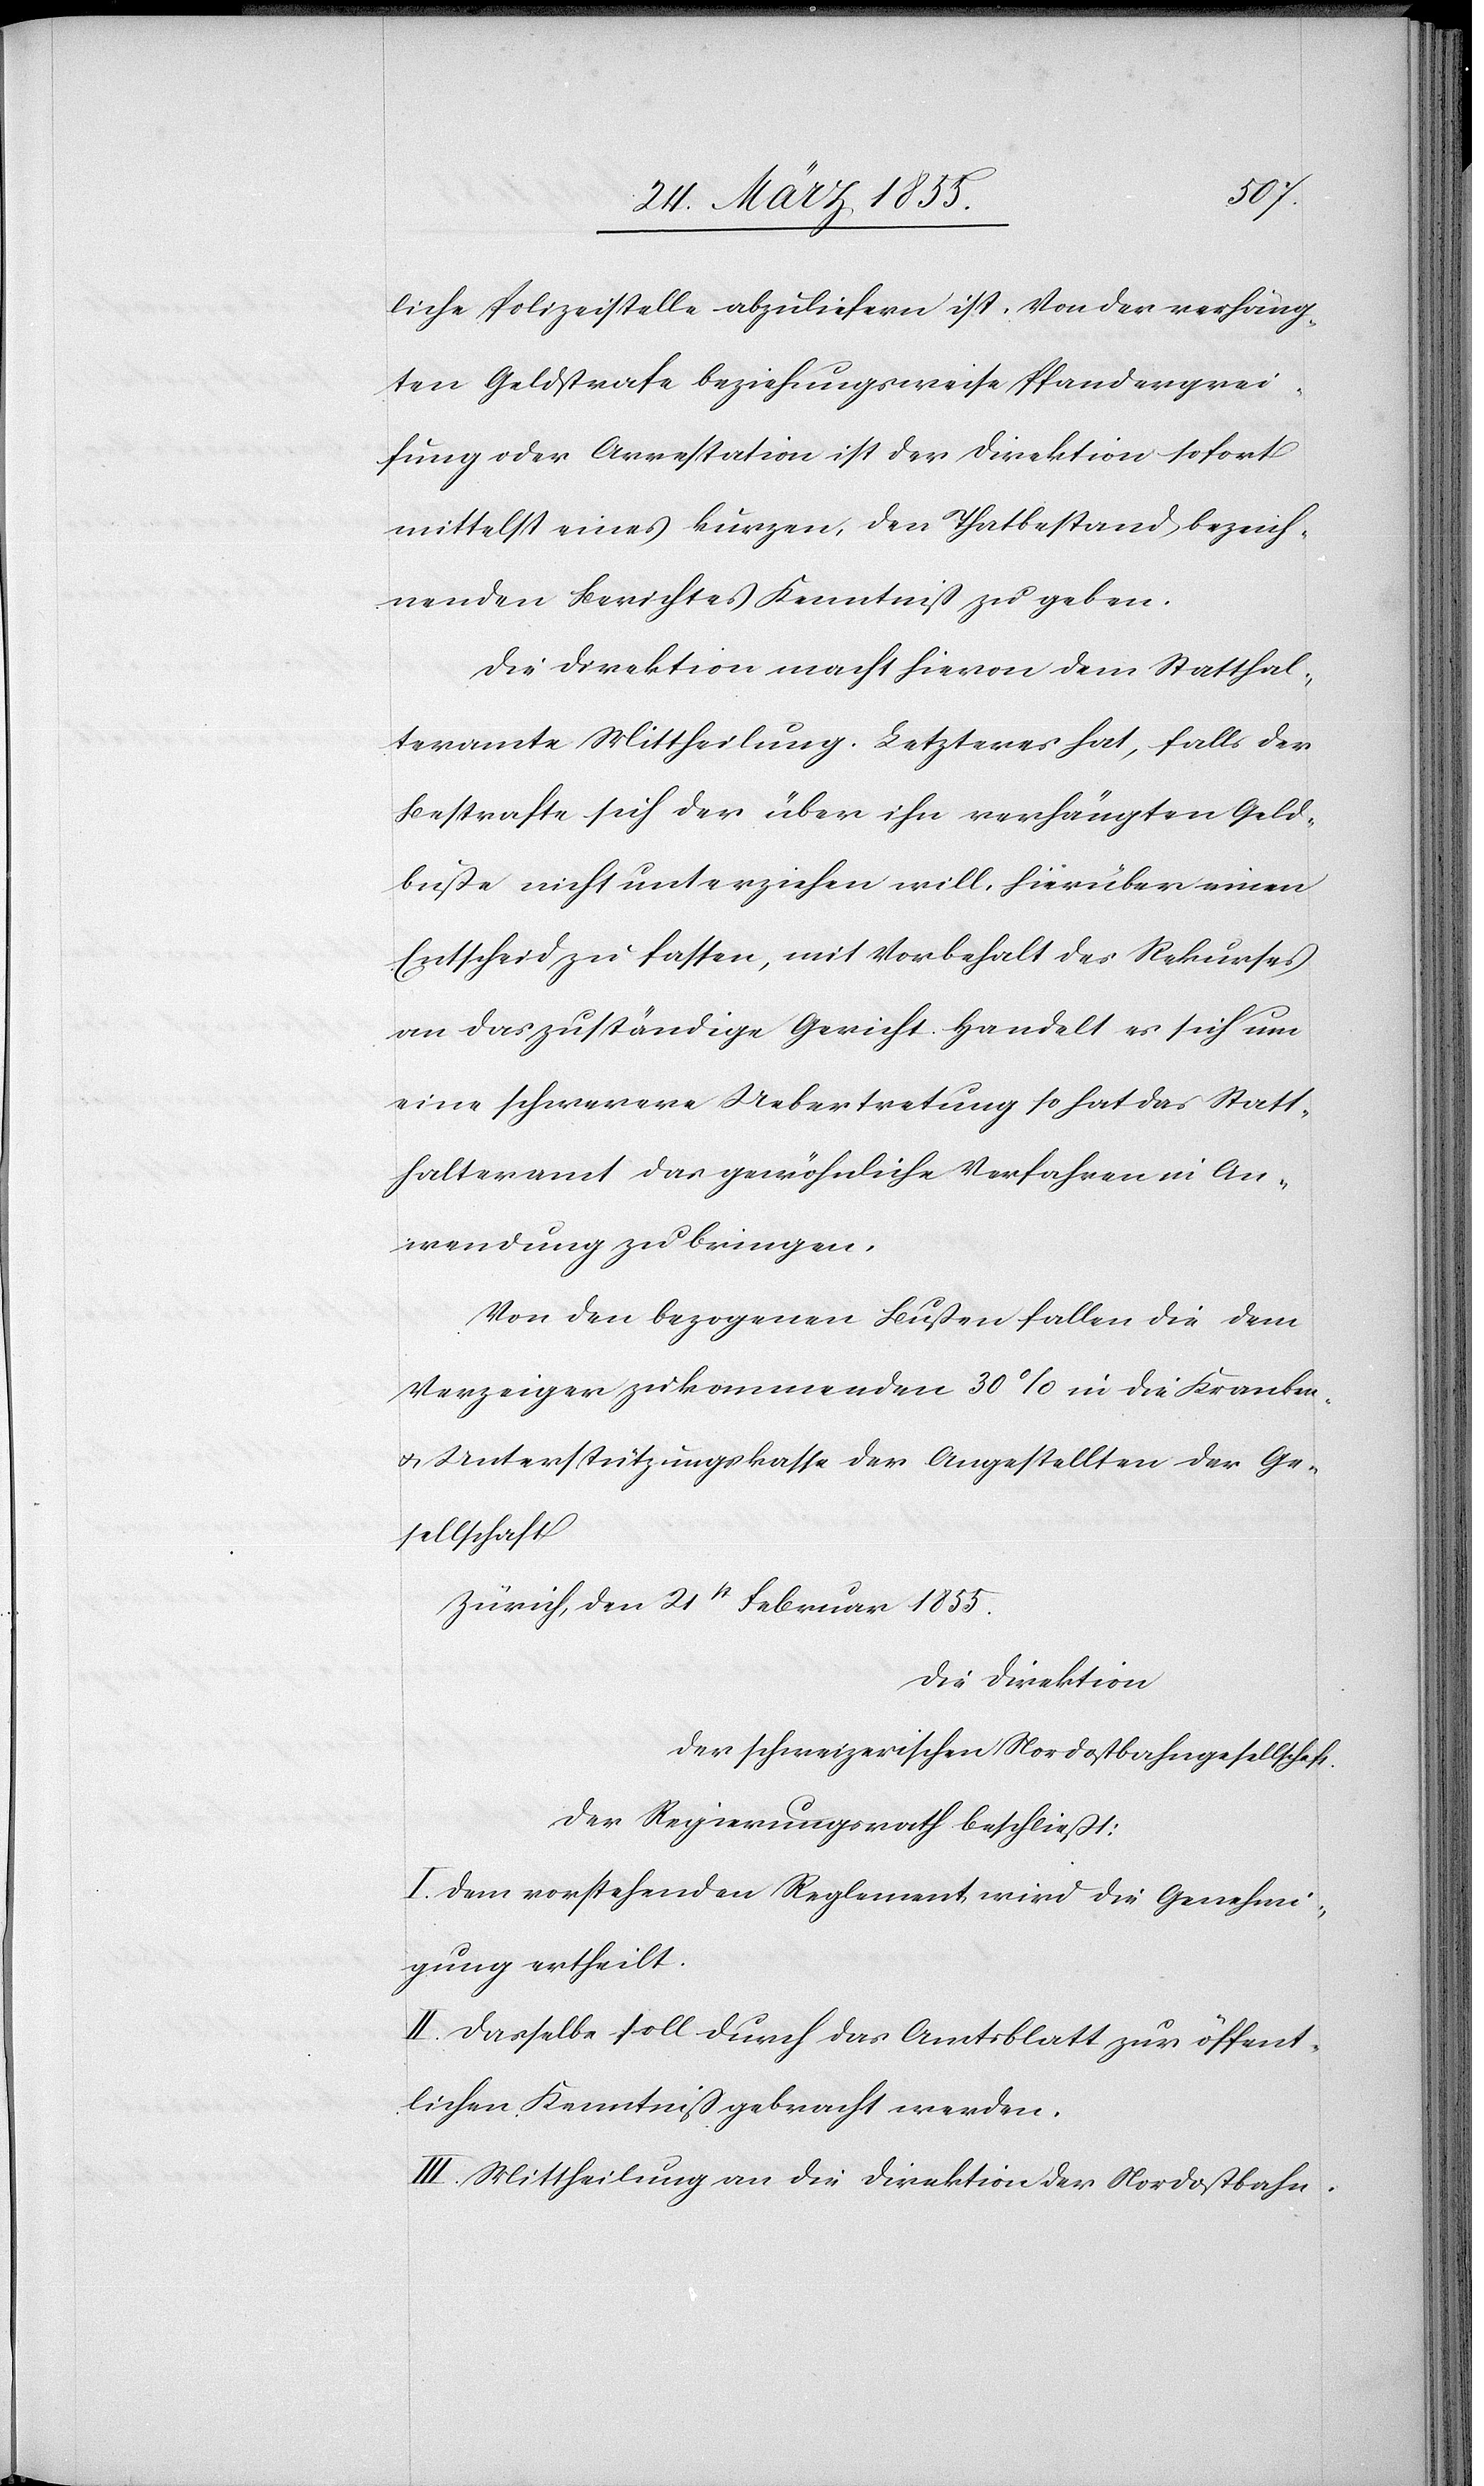
liche Polizeistelle abzuliefern ist. Von der verhäng¬
ten Geldstrafe beziehungsweise Pfandergrei¬
fung oder Arrestation ist der Direktion sofort
mittelst eines kurzen, den Thatbestand bezeich¬
nenden Berichtes Kenntniß zu geben.
Die Direktion macht hievon dem Statthal¬
teramte Mittheilung. Letzteres hat, falls der
Bestrafte sich der über ihn verhängten Geld¬
buße nicht unterziehen will, hierüber einen
Entscheid zu fassen, mit Vorbehalt des Rekurses
an das zuständige Gericht. Handelt es sich um
eine schwerere Uebertretung so hat das Statt¬
halteramt das gewöhnliche Verfahren in An¬
wendung zu bringen.
Von den bezogenen Bußen fallen die dem
Verzeiger zukommenden 30% in die Kranken-
& Unterstützungskasse der Angestellten der Ge¬
sellschaft
Zürich, den 21st Februar 1855.
Die Direktion
der schweizerischen Nordostbahngesellschaft.
Der Regierungsrath beschließt:
I. Dem vorstehenden Reglement wird die Genehmi¬
gung ertheilt.
II. Dasselbe soll durch das Amtsblatt zur öffent¬
lichen Kenntniß gebracht werden.
III. Mittheilung an die Direktion der Nordostbahn.